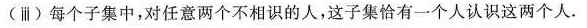
（iii）每个子集中，对任意两个不认识的人，这子集恰有一个人认识这两个人。